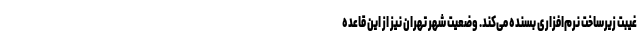
غیبت زیرساخت نرم‌افزاری بسنده می‌کند. وضعیت شهر تهران نیز از این قاعده